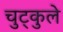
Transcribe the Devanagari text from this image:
चुट्कुले